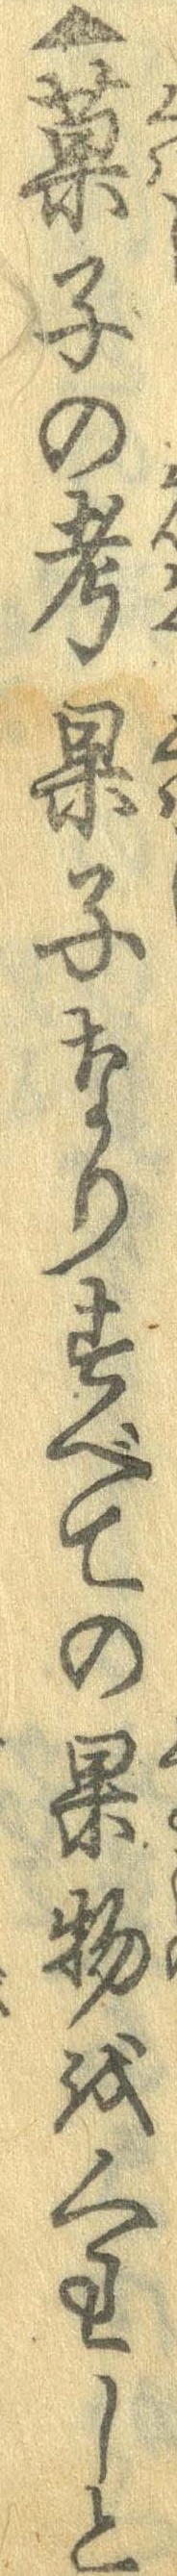
▲菓子の考果子なりすべての果物をくわしと